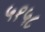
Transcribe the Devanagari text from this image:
५१५८